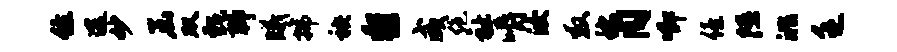
住途妙函双甄聊曦拂秧黎咸绝祉嚼汝救称同唧僖隰洮乏